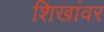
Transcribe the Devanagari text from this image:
शिखांवर